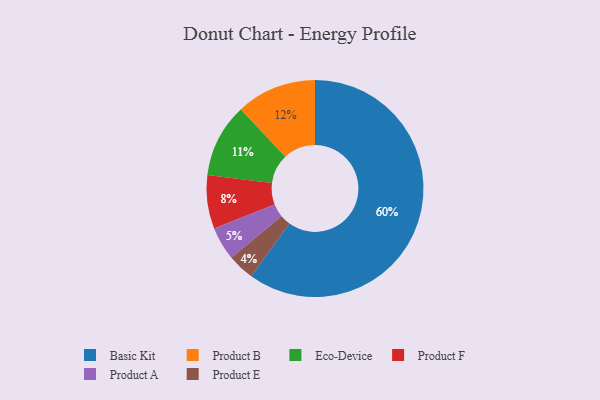
{"axis": {"x": "Category", "y": "Percentage"}, "legend": ["Basic Kit", "Eco-Device", "Product A", "Product B", "Product E", "Product F"], "data": [{"x": "Product A", "y": 5, "type": "Product A"}, {"x": "Eco-Device", "y": 11, "type": "Eco-Device"}, {"x": "Product F", "y": 8, "type": "Product F"}, {"x": "Basic Kit", "y": 60, "type": "Basic Kit"}, {"x": "Product B", "y": 12, "type": "Product B"}, {"x": "Product E", "y": 4, "type": "Product E"}]}